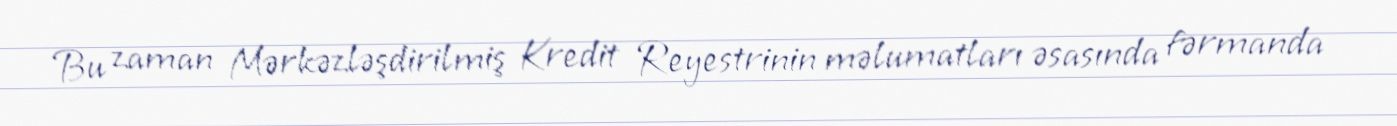
Bu zaman Mərkəzləşdirilmiş Kredit Reyestrinin məlumatları əsasında fərmanda